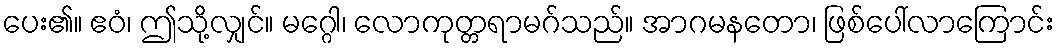
ပေး၏။ ဧဝံ၊ ဤသို့လျှင်။ မဂ္ဂေါ၊ လောကုတ္တရာမဂ်သည်။ အာဂမနတော၊ ဖြစ်ပေါ်လာကြောင်း